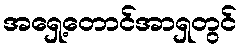
အရှေ့တောင်အာရှတွင်